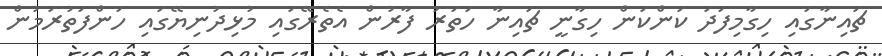
ޗައިނާގައި ހިގާމިފަދަ ކަންކަން ހިގާނީ ޗައިނާ ހަތަރު ފާރުން އެތެރޭގައި މުޅިދުނިޔޭގައި ހަންފަތުރަމުން